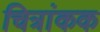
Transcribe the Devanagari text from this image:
चित्रांकक